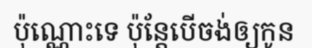
ប៉ុណ្ណោះទេ ប៉ុន្តែបើចង់ឲ្យកូន